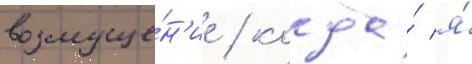
возмуще́н'ие / когда́ я́